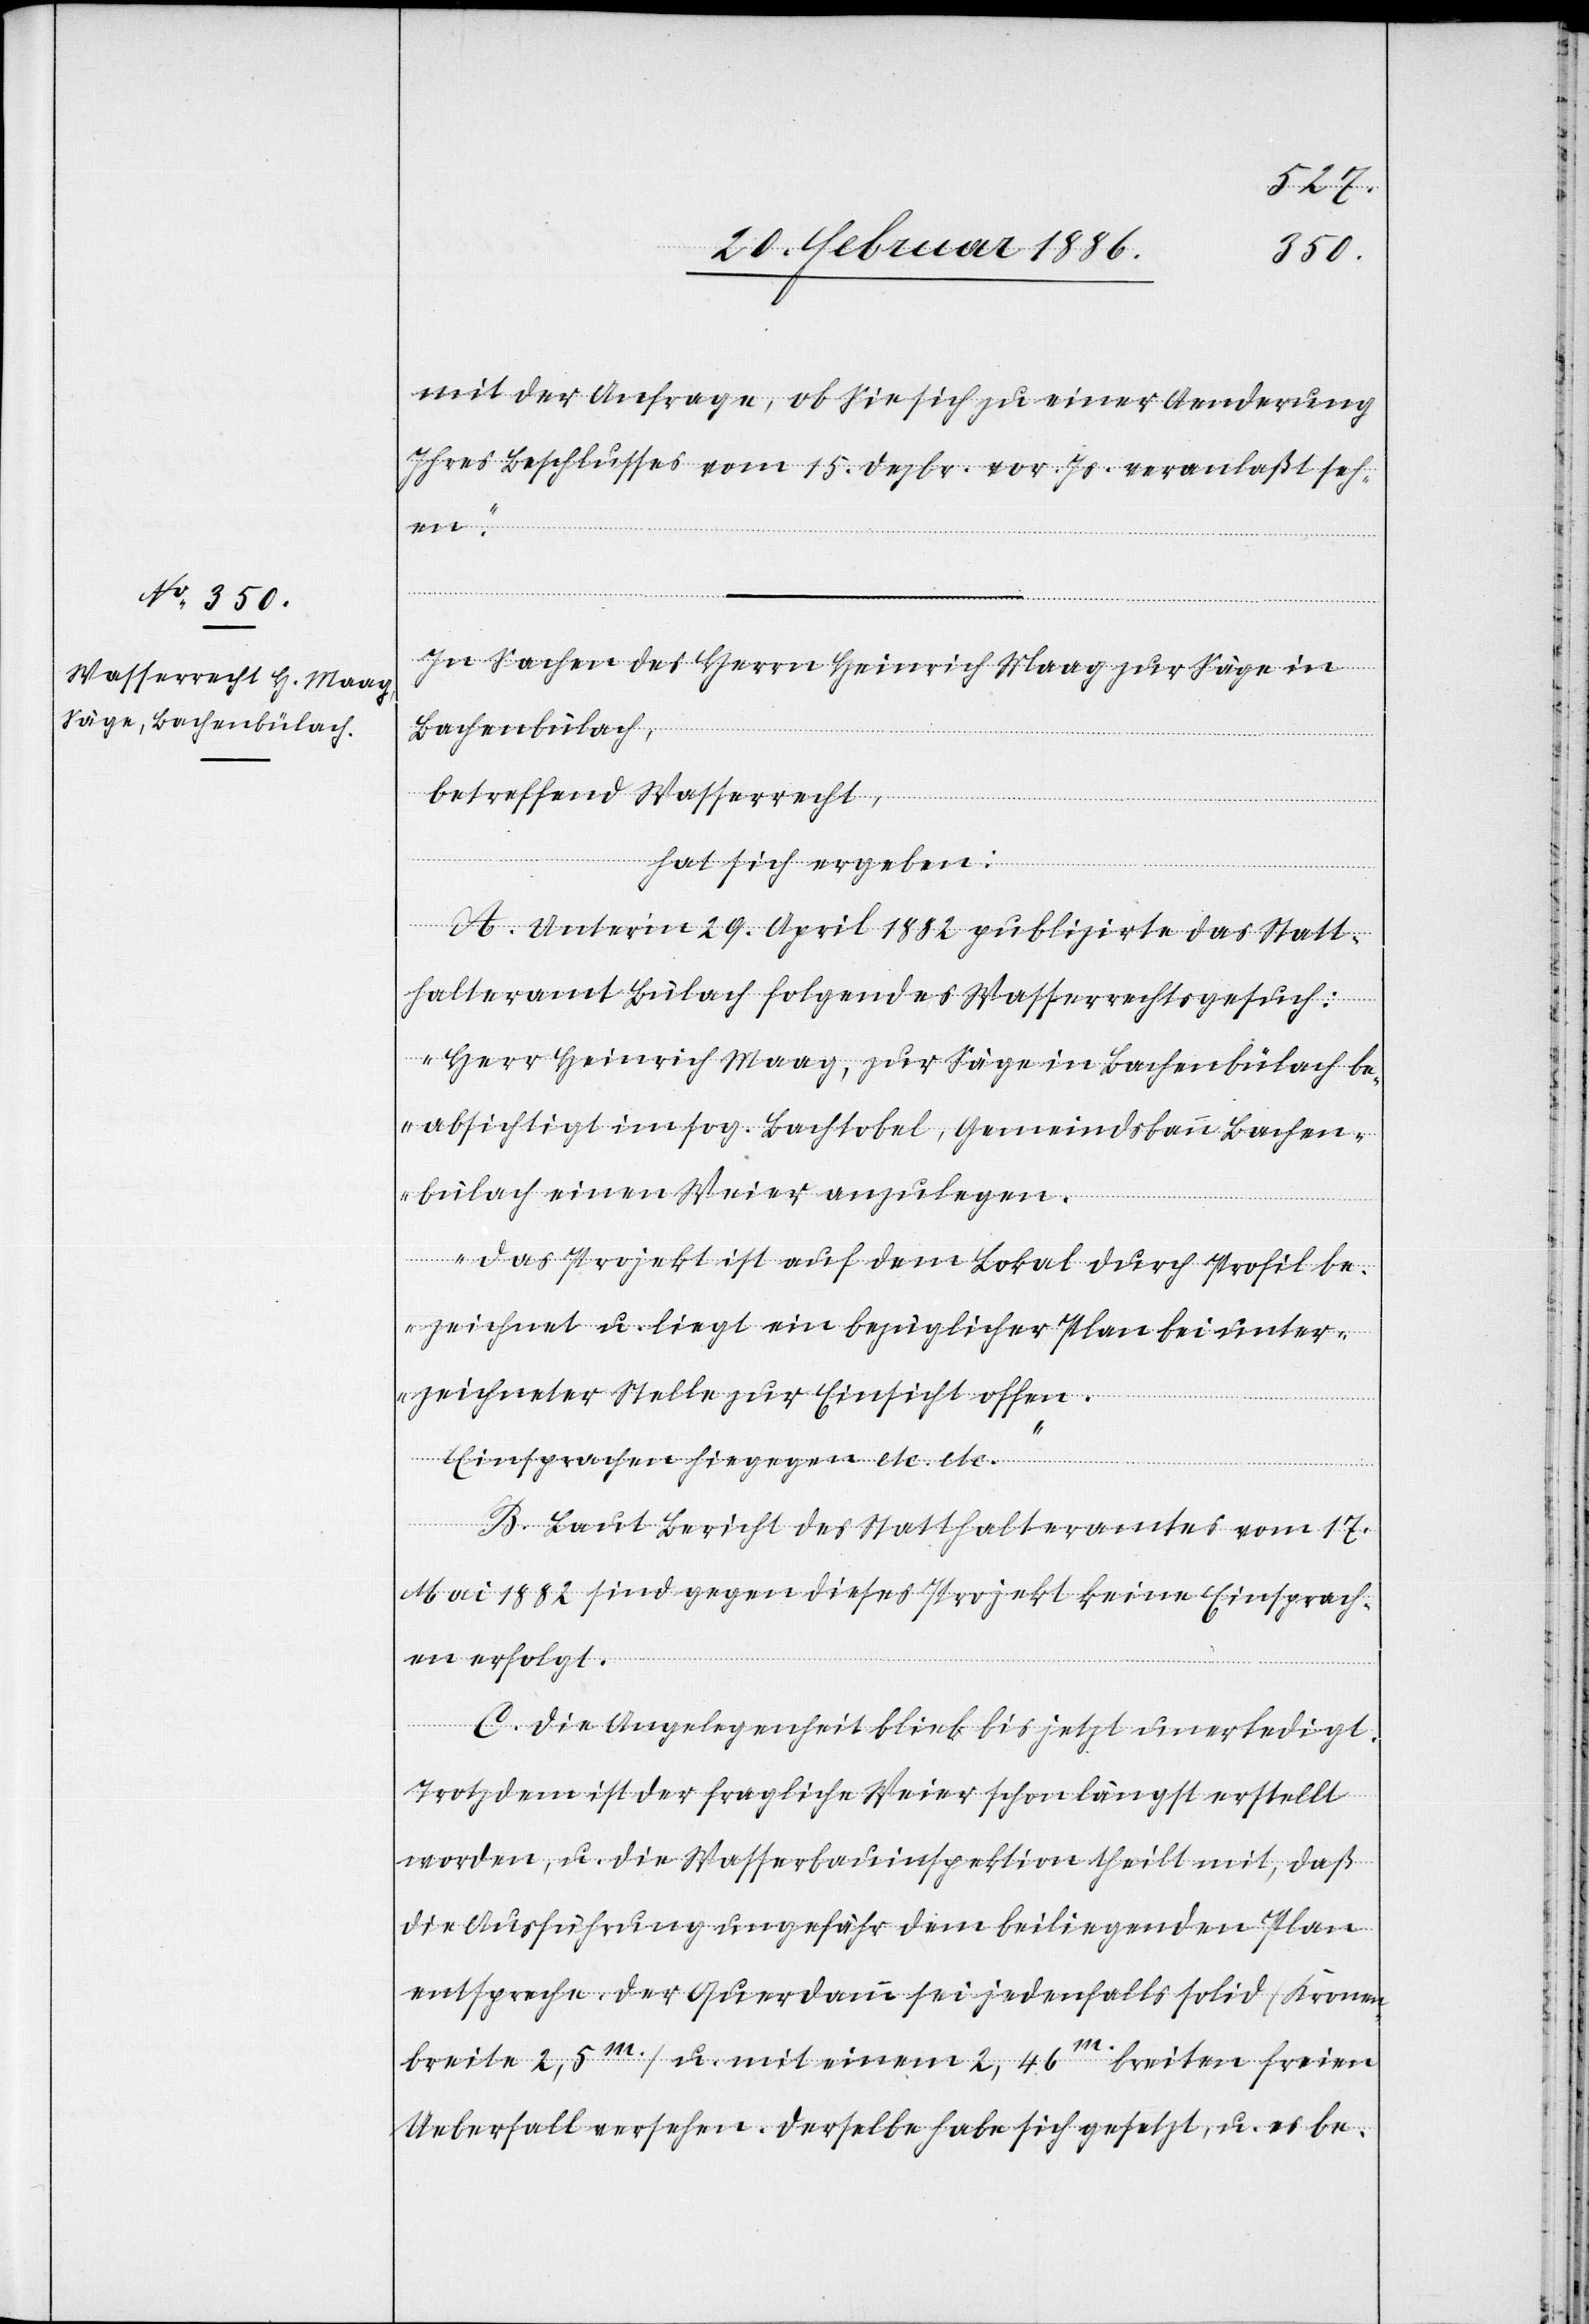
mit der Anfrage, ob Sie sich zu einer Aenderung
Ihres Beschlusses vom 15. Dezbr. vor. Js. veranlaßt seh¬
en.“
In Sachen des Herrn Heinrich Maag zur Säge in
Bachenbülach,
betreffend Wasserrecht,
hat sich ergeben:
A. Unter’m 29. April 1882 publizirte das Statt¬
halteramt Bülach folgendes Wasserrechtsgesuch:
„Herr Heinrich Maag, zur Säge in Bachenbülach be¬
absichtigt im sog. Bachtobel, Gemeindsbann Bachen¬
bülach einen Weier anzulegen.
Das Projekt ist auf dem Lokal durch Profil be¬
zeichnet u. liegt ein bezüglicher Plan bei unter¬
zeichneter Stelle zur Einsicht offen.
Einsprachen hiegegen etc. etc.“
B. Laut Bericht des Statthalteramtes vom 17.
Mai 1882 sind gegen dieses Projekt keine Einsprach¬
en erfolgt.
C. Die Angelegenheit blieb bis jetzt unerledigt.
Trotzdem ist der fragliche Weier schon längst erstellt
worden, u. die Wasserbauinspektion theilt mit, daß
die Ausführung ungefähr dem beiliegenden Plan
entspreche. Der Querdamm sei jedenfalls solid (Kronen¬
breite 2,5m.) u. mit einem 2,46m. breiten freien
Ueberfall versehen. Derselbe habe sich gesetzt, u. es be-